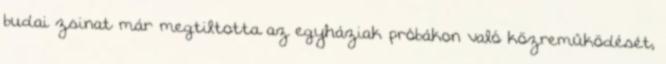
budai zsinat már megtiltotta az egyháziak próbákon való közreműködését,